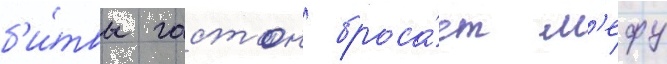
б'и́твы гастон броса́ет л'ефу